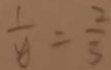
\frac { 1 } { y } = \frac { 2 } { 3 }